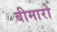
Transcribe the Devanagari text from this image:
बीमारो